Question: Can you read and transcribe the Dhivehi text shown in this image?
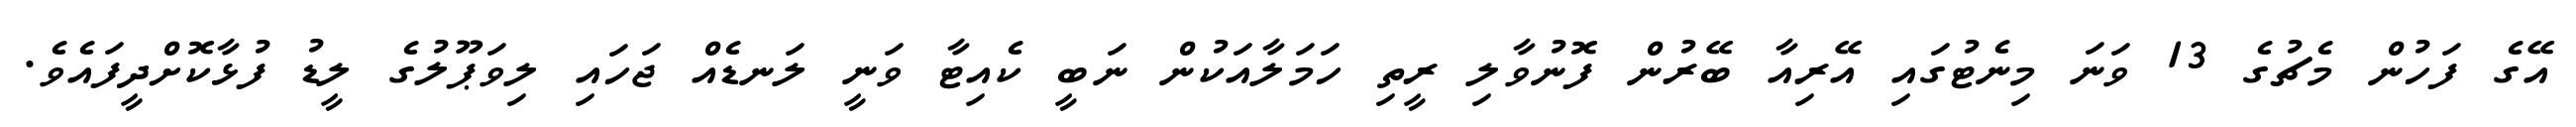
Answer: އޭގެ ފަހުން މެޗުގެ 13 ވަނަ މިނެޓުގައި އޭރިއާ ބޭރުން ފޮނުވާލި ރީތި ހަމަލާއަކުން ނަބީ ކެއިޓާ ވަނީ ލަނޑެއް ޖަހައި ލިވަޕޫލުގެ ލީޑު ފުޅާކޮށްދީފައެވެ.